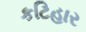
કટિહાર